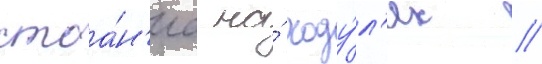
стоа́н'иа на́ ходу́л'ях //